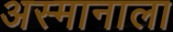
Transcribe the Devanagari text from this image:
अस्मानाला